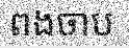
ពងចាប